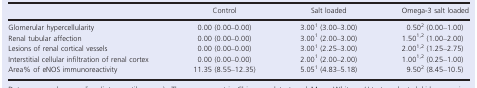
<table><thead><tr><td></td><td><b>Control</b></td><td><b>Salt loaded</b></td><td><b>Omega-3 salt loaded</b></td></tr></thead><tbody><tr><td>Glomerular hypercellularity</td><td>0.00 (0.00–0.00)</td><td>3.001 (3.00–3.00)</td><td>0.502 (0.00–1.00)</td></tr><tr><td>Renal tubular affection</td><td>0.00 (0.00–0.00)</td><td>3.001 (2.00–3.00)</td><td>1.501,2 (1.00–2.00)</td></tr><tr><td>Lesions of renal cortical vessels</td><td>0.00 (0.00–0.00)</td><td>3.001 (2.25–3.00)</td><td>2.001,2 (1.25–2.75)</td></tr><tr><td>Interstitial cellular infiltration of renal cortex</td><td>0.00 (0.00–0.00)</td><td>2.001 (2.00–2.00)</td><td>1.00<sup>1,</sup>2 (0.25–1.00)</td></tr><tr><td>Area% of eNOS immunoreactivity</td><td>11.35 (8.55–12.35)</td><td>5.051 (4.83–5.18)</td><td>9.502 (8.45–10.5)</td></tr></tbody></table>